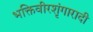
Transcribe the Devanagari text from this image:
भक्तिवीरशृंगारादी